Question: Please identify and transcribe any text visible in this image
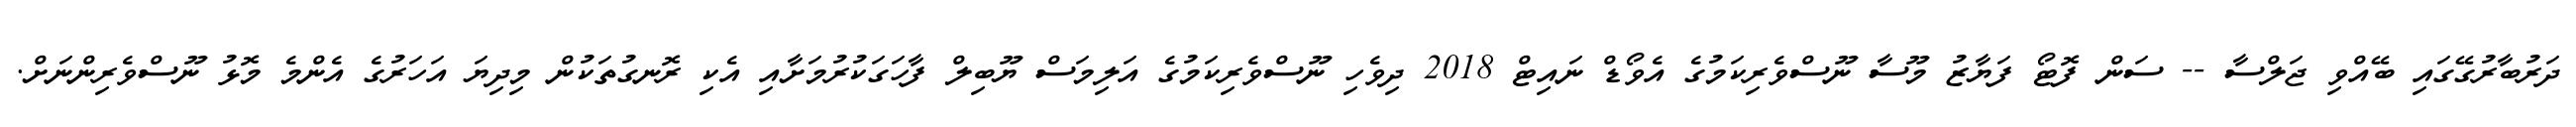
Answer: ދަރުބާރުގޭގައި ބޭއްވި ޖަލްސާ -- ސަން ފޮޓޯ ފަޔާޒު މޫސާ ނޫސްވެރިކަމުގެ އެވޯޑް ނައިޓް 2018 ދިވެހި ނޫސްވެރިކަމުގެ އަލިމަސް ޔޫބިލް ފާހަގަކުރުމަށާއި އެކި ރޮނގުތަކުން މިދިޔަ އަހަރުގެ އެންމެ މޮޅު ނޫސްވެރިންނަށް.